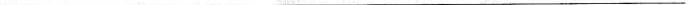
___